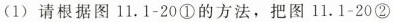
(1)请根据图11.1-20①的方法，把图11.1-20②